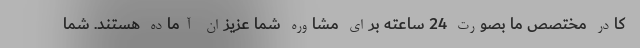
کادر مختصص ما بصورت 24 ساعته برای مشاوره شما عزیزان آماده هستند. شما